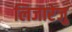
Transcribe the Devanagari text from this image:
लिजारेजु